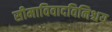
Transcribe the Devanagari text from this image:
सीमाविवादविनिश्चय